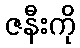
ဇနီးကို